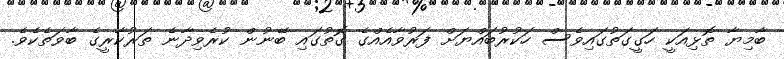
ބާމިޔާ ތޮޅިއަކީ ހަގީގަތުގައިވެސް ހަކުރުބައްޔަށް ފަރުވާއެއްގެ ގޮތުގައި ބޭނުން ކުރެވިދާނެ ތަރުކާރީގެ ބާވަތެކެވެ.